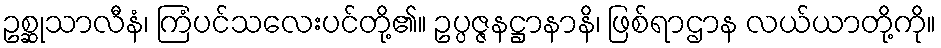
ဥစ္ဆုသာလီနံ၊ ကြံပင်သလေးပင်တို့၏။ ဥပ္ပဇ္ဇနဋ္ဌာနာနိ၊ ဖြစ်ရာဌာန လယ်ယာတို့ကို။